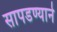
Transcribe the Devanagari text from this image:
सापडण्याने